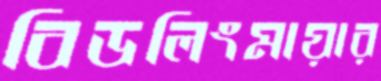
বিডলিংমায়ার